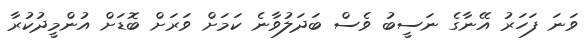
ވަނަ ފަހަރު އޭނާގެ ނަސީބު ވެސް ބަދަލުވާނެ ކަމަށް ވަރަށް ބޮޑަށް އުންމީދުކުރާ